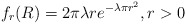
\begin{align*}f_r(R)=2\pi\lambda re^{-\lambda \pi r^2}, r>0\end{align*}